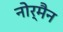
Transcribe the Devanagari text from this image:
नोर्मैन